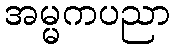
အမ္မကပညာ